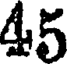
45